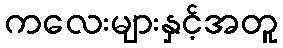
ကလေးများနှင့်အတူ